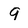
Character: 9